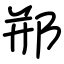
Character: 郱